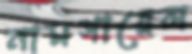
নামগায়েল